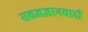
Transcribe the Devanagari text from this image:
सहजज्ञानवादी